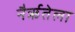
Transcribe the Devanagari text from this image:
नैर्ऋतेला